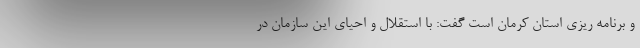
و برنامه ریزی استان کرمان است گفت: با استقلال و احیای این سازمان در